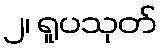
၂၊ ရူပသုတ်